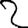
Digit: 2